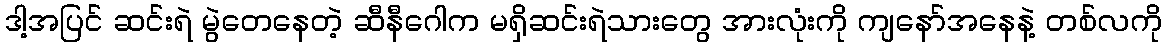
ဒါ့အပြင် ဆင်းရဲ မွဲတေနေတဲ့ ဆီနီဂေါက မရှိဆင်းရဲသားတွေ အားလုံးကို ကျနော်အနေနဲ့ တစ်လကို